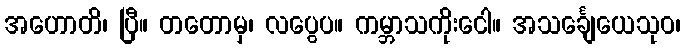
အဟောတိ၊ ပြီ။ တတောမှ၊ လပွေပ။ ကမ္ဘာသကိုးငေါ။ အသင်္ချေယေသုဝ၊